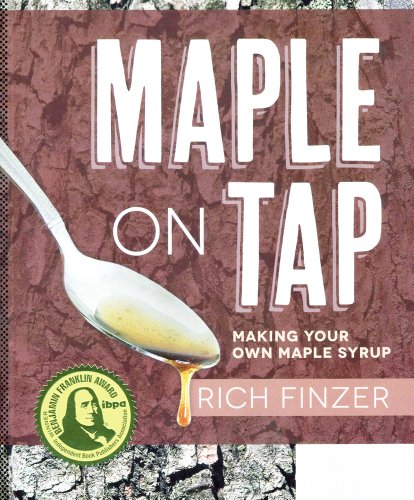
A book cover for Maple on Tap: Making Your Own Maple Syrup; Rich Finzer; Cookbooks, Food & Wine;